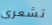
تشعرى